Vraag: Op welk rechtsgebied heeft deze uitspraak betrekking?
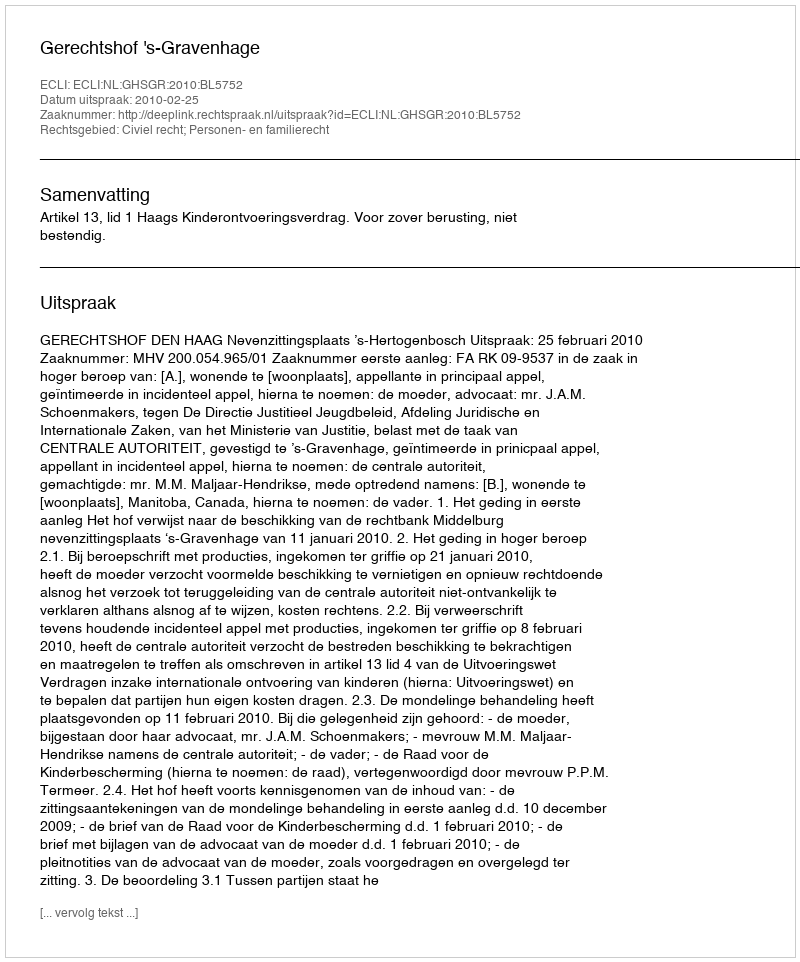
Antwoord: Civiel recht; Personen- en familierecht